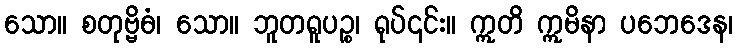
သော။ စတုဗ္ဗိဓံ၊ သော။ ဘူတရူပဉ္စ၊ ရုပ်၎င်း။ ဣတိ ဣမိနာ ပဘေဒေန၊